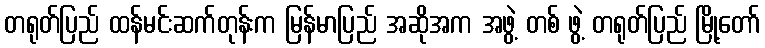
တရုတ်ပြည် ထန်မင်းဆက်တုန်းက မြန်မာပြည် အဆိုအက အဖွဲ့ တစ် ဖွဲ့ တရုတ်ပြည် မြို့တော်